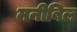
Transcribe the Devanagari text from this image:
मनीबिल